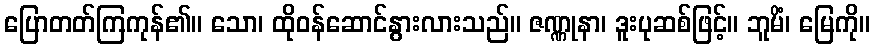
ပြောတတ်ကြကုန်၏။ သော၊ ထိုဝန်ဆောင်နွားလားသည်။ ဇဏ္ဏုနာ၊ ဒူးပုဆစ်ဖြင့်။ ဘူမိံ၊ မြေကို။